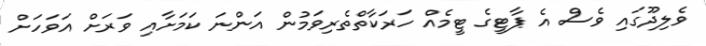
ވެލިދޫގައި ވެސް އެ ޕާޓީގެ ޓީމެއް ހަރަކާތްތެރިވަމުން އަންނަ ކަމަށާއި ވަރަށް އަވަހަށް